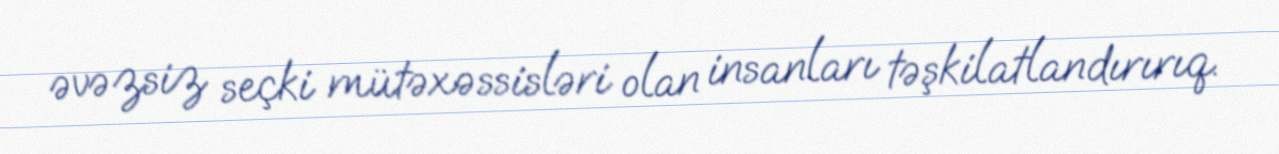
əvəzsiz seçki mütəxəssisləri olan insanları təşkilatlandırırıq.